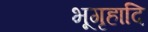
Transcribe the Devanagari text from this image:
भूगृहादि